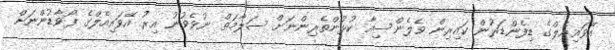
އޭވައިއެލްގެ ޑިފެންޑަރުން ކައިރިން ވެލެންސިއާ ކުޅުންތެރިންނަށް ސަލާމަތް ނުވެވުނު އިރު އޭވައިއެލްގެ ފޯވާޑުންނަށް